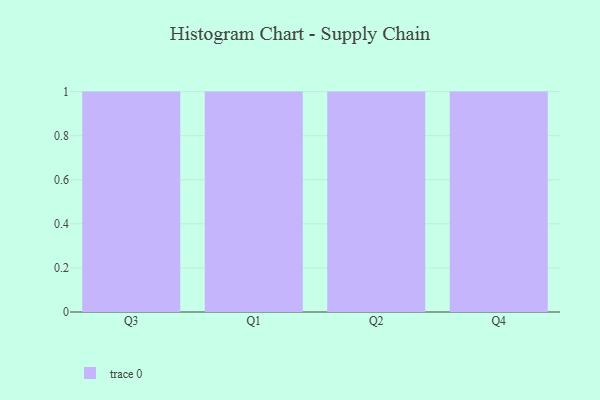
{"axis": {"x": "Quarter", "y": "Temperature (°C)"}, "legend": [""], "data": [{"x": "Q3", "y": 50, "type": ""}, {"x": "Q1", "y": 94, "type": ""}, {"x": "Q2", "y": 14, "type": ""}, {"x": "Q4", "y": 12, "type": ""}]}